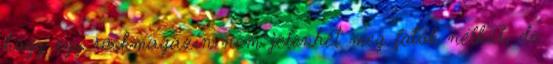
hogy egy rockmagazin nem jelenhet meg fotók nélkül, de